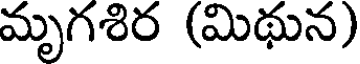
మృగశిర (మిథున)